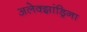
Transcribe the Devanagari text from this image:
अलेक्झांड्रिना